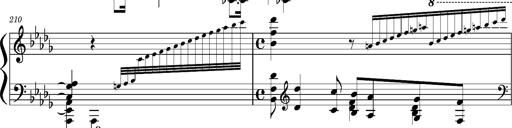
Title: Concerto sans orchestre, S.524a
Composer: Franz Liszt
Key: A major